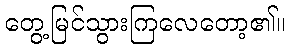
တွေ့မြင်သွားကြလေတော့၏။